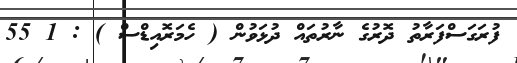
ފުރަގަސްފަރާތު ދޮރުގެ ނާރުތައް ދުޅަވުން ( ހެމަރޮއިޑްސް ) : 1 55